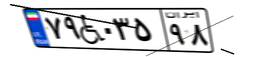
۷۹W۰۳۵۹۸